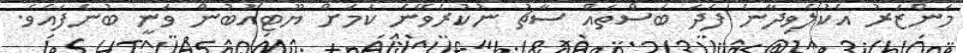
މަންޒަރު އެކުލެވިދާނެ ފަދަ ބަސްތައް ސާޗު ނުކުރެވޭނެ ކަމަށް ޔޫޓިއުބުން ވަނީ ބުނެފައެވެ.